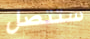
ستتصل